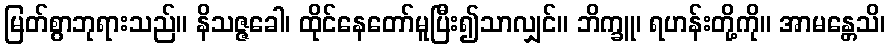
မြတ်စွာဘုရားသည်။ နိသဇ္ဇခေါ၊ ထိုင်နေတော်မူပြီး၍သာလျှင်။ ဘိက္ခူ၊ ရဟန်းတို့ကို။ အာမန္တေသိ၊